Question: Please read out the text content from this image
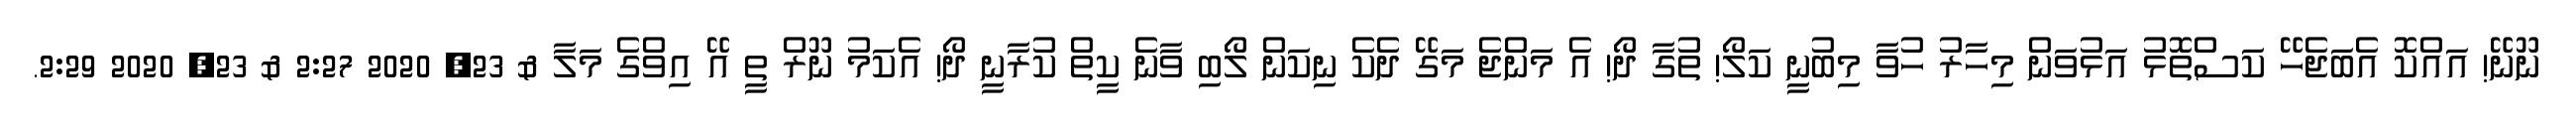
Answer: ނޫނޭ! އައްކޮ އެބަޖެހޭ ކަސްތޮޅު އަޅުވަން މިހާރު ހުވާ މިބުނީ ކަލޯ! ތުގާ ދޯ! އެ މަންޖެ މަގޭ ދެކެ ނިކަން ލޯބި ވާނެ ކީތް ކުރާނީ ދޯ! އެކަމު ނޫރް ތީ އޭ އިވްގެ މަލާ & 23, 2020 2:27 & 23, 2020 2:29.